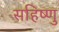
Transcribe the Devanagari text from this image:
सहिष्‍णु